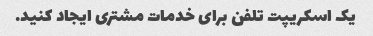
یک اسکریپت تلفن برای خدمات مشتری ایجاد کنید.